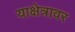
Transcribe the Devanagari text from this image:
याक्षेत्रावर